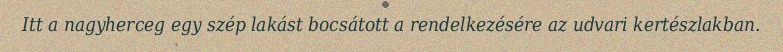
Itt a nagyherceg egy szép lakást bocsátott a rendelkezésére az udvari kertészlakban.